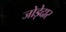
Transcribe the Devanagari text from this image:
जोड़ेदार